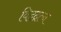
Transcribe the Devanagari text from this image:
विद्वद्रत्न